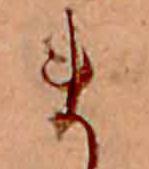
ま